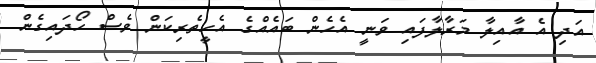
އަދި އެ އާއިލާ މަރާލާފައި ވަނީ އެހެން ބައެއްގެ އެހީތެރިކަން ވެސް ހޯދައިގެން